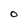
Character: O